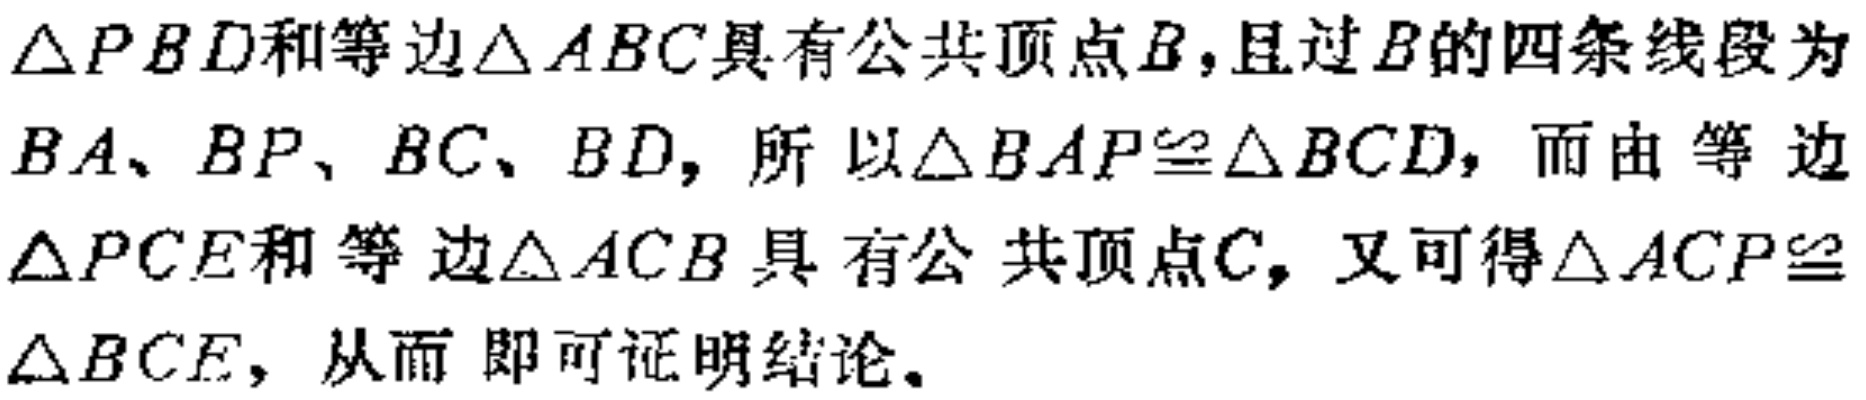
$\triangle PBD$和等边$\triangle ABC$具有公共顶点$B$，且过$B$的四条线段为$BA、BP、BC、BD$，所以$\triangle BAP\cong\triangle BCD$，而由等边$\triangle PCE$和等边$\triangle ACB$具有公共顶点$C$，又可得$\triangle ACP\cong\triangle BCE$，从而即可证明结论。